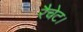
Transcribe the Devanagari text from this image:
रैचेट।